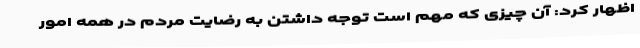
اظهار کرد: آن چیزی که مهم است توجه داشتن به رضایت مردم در همه امور